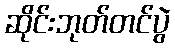
ဆိုင်းဘုတ်တင်ပွဲ